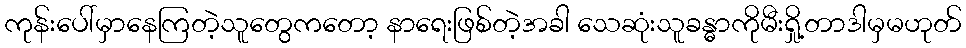
ကုန်းပေါ်မှာနေကြတဲ့သူတွေကတော့ နာရေးဖြစ်တဲ့အခါ သေဆုံးသူခန္ဓာကိုမီးရှို့တာဒါမှမဟုတ်